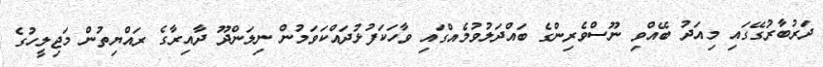
ދަރުބާރުގޭގައި މިއަދު ބޭއްވި ނޫސްވެރިންގެ ބައްދަލުވުމެއްގައި ވާހަކަފުޅުދައްކަވަމުން ނިލަންދޫ ދާއިރާގެ ރައްޔިތުން މަޖިލީހުގެ